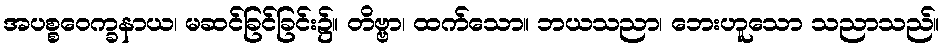
အပစ္စဝေက္ခနာယ၊ မဆင်ခြင်ခြင်း၌။ တိဗ္ဗာ၊ ထက်သော။ ဘယသညာ၊ ဘေးဟူသော သညာသည်။